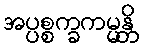
အပ္ပစ္စက္ခကမ္မန္တိ